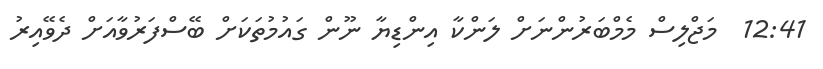
12:41  މަޖްލިސް މެމްބަރުންނަށް ލަންކާ އިންޑިޔާ ނޫން ގައުމުތަކަށް ބޭސްފަރުވާއަށް ދެވޭއިރު